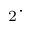
_ 2 \cdot